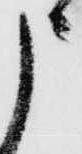
申